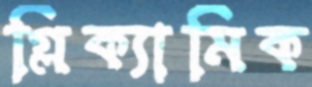
গ্লিক্যামিক